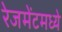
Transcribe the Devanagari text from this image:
रेजमेंटमध्ये